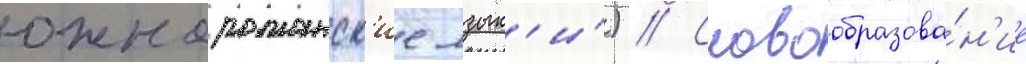
южнороманск'ие язык'и́) // Словообразова́н'ие